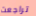
تراجعت